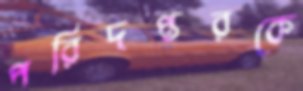
পরিদপ্তরকে